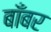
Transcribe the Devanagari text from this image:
बाँबर